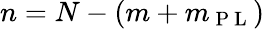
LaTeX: n=N-(m+m_{\mathrm{~P~L~}})